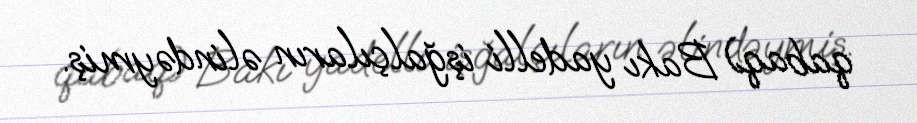
qabaq) Bakı yadelli işğalçıların əlindəymiş.